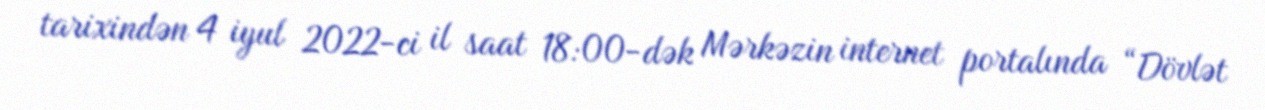
tarixindən 4 iyul 2022-ci il saat 18:00-dək Mərkəzin internet portalında “Dövlət